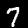
Digit: 7